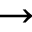
\rightarrow